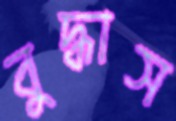
বুদ্ধাস